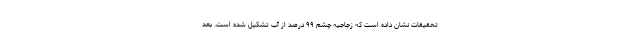
تحقیقات نشان داده است که زجاجیه چشم ۹۹ درصد از آب تشکیل شده است. بعد